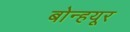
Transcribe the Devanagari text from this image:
बोन्हयूर